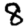
Digit: 8